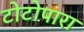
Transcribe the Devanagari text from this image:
टोटोपारा